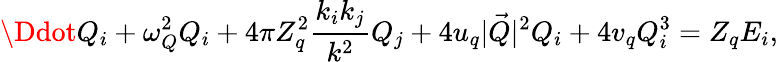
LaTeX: \Ddot{Q}_{i}+\omega_{Q}^{2}Q_{i}+4\pi Z_{q}^{2}\frac{k_{i}k_{j}}{k^{2}}Q_{j}+4u_{q}|\vec{Q}|^{2}Q_{i}+4v_{q}Q_{i}^{3}=Z_{q}E_{i},